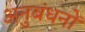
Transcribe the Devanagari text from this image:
अनुबंधनों